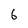
Character: 6